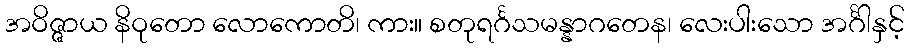
အဝိဇ္ဇာယ နိဝုတော လောကောတိ၊ ကား။ စတုရင်္ဂသမန္နာဂတေန၊ လေးပါးသော အင်္ဂါနှင့်